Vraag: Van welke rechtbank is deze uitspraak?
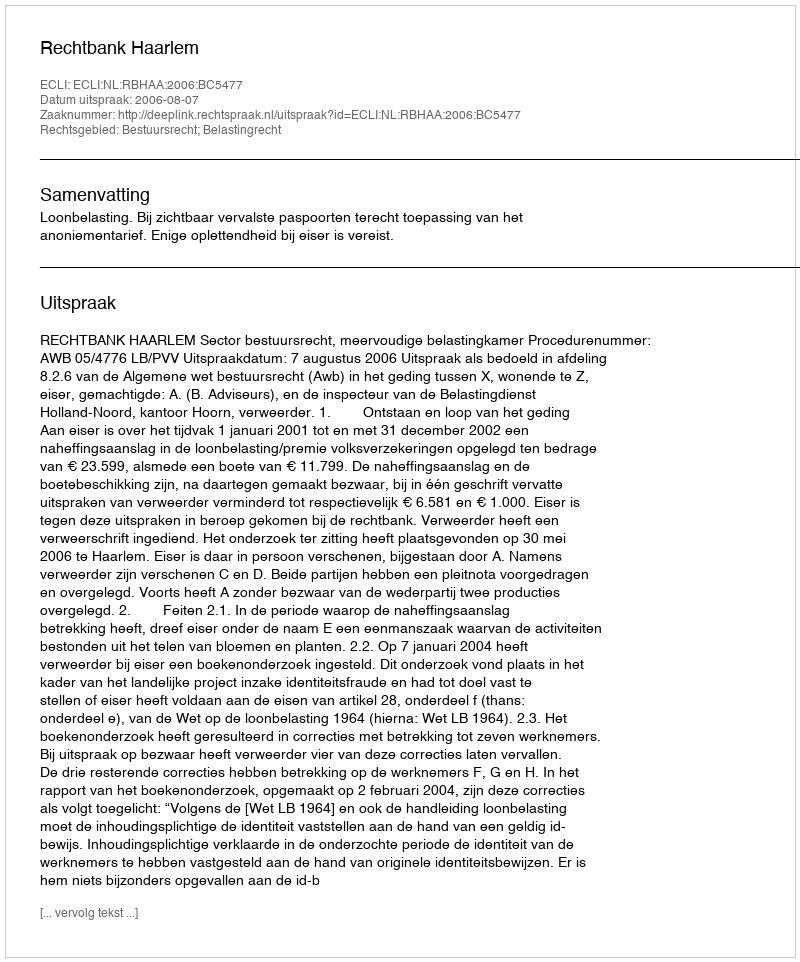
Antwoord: Rechtbank Haarlem